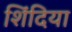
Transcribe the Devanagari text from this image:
शिंदिया